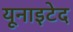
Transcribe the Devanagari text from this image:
यूनाइटेद